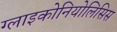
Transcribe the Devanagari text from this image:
ग्लाइकोनियोलिसिस